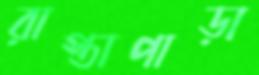
রাস্তাপাড়া